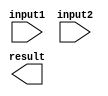
module fixed_point_multiplier(
  input wire signed [15:0] input1,
  input wire signed [15:0] input2,
  output reg signed [31:0] result
);

reg signed [15:0] integer_part1;
reg signed [15:0] fractional_part1;
reg signed [15:0] integer_part2;
reg signed [15:0] fractional_part2;
reg signed [31:0] product;
reg signed [31:0] accumulator;

// Split input1 into integer and fractional parts
assign integer_part1 = input1[15:0];
assign fractional_part1 = input1[31:16];

// Split input2 into integer and fractional parts
assign integer_part2 = input2[15:0];
assign fractional_part2 = input2[31:16];

// Multiply integer parts
always @*
begin
  product = integer_part1 * integer_part2;
end

// Multiply fractional parts
always @*
begin
  product = product + (integer_part1 * fractional_part2 + integer_part2 * fractional_part1);
end

// Accumulate results
always @*
begin
  accumulator = accumulator + product;
end

// Output final result
always @*
begin
  result = accumulator;
end

endmodule